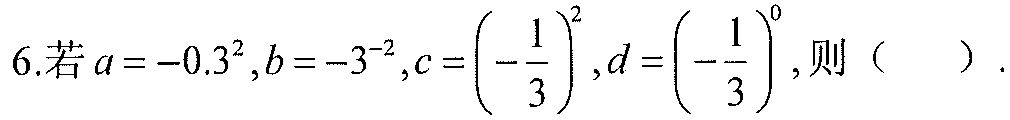
6.若\(a = -0.3^{2},b = -3^{-2},c = \left(-\dfrac{1}{3}\right)^{2},d = \left(-\dfrac{1}{3}\right)^{0}\)，则（  ）.